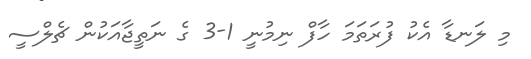
މި ލަނޑާ އެކު ފުރަތަމަ ހާފް ނިމުނީ 1-3 ގެ ނަތީޖާއަކުން ޗެލްސީ